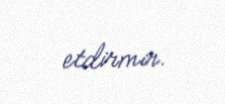
etdirmir.